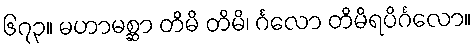
၆၇၃။ မဟာမစ္ဆာ တိမိ တိမိ၊ င်္ဂလော တိမိရပိင်္ဂလော။